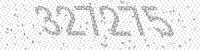
Solution: 327275